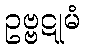
ဥဗ္ဗဋုမံ